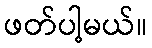
ဖတ်ပါ့မယ်။